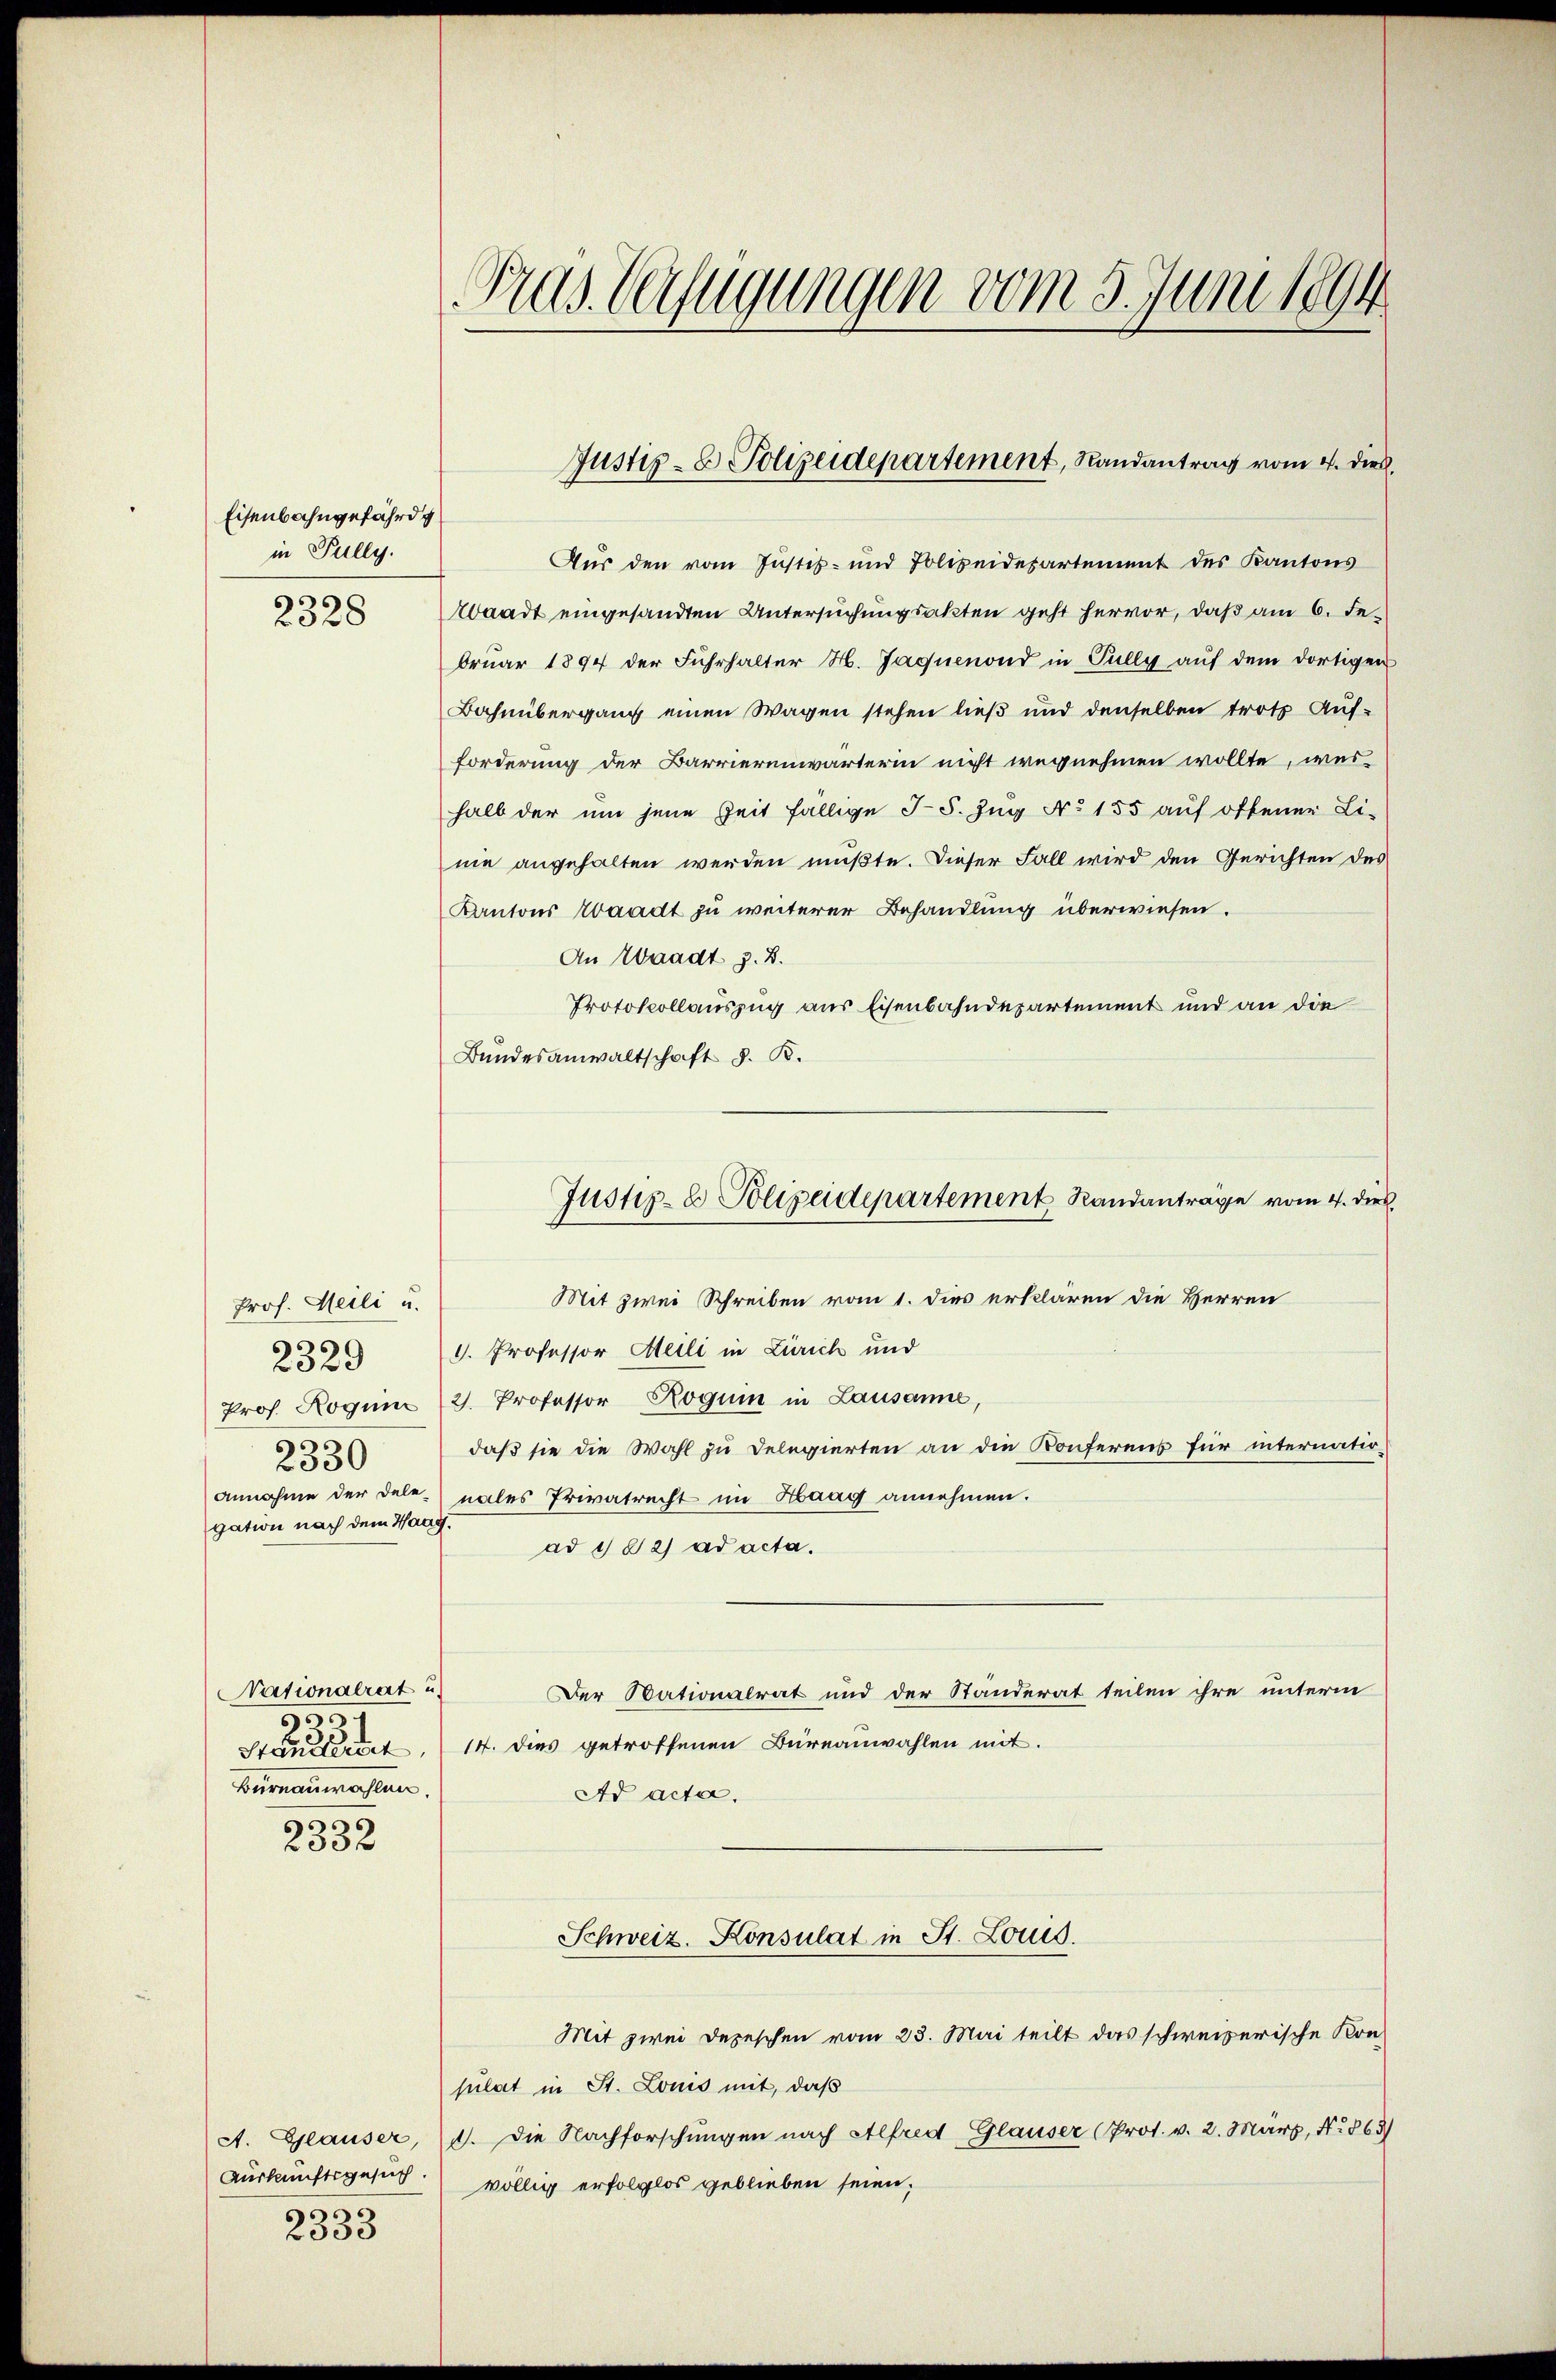
Eisenbahngefährde
in Fully.

2
2328

Prof. Meili u.
2329
Prof. Rogum
2330
annahme der Dele
gation nach dem Ha

Nationalrat
99
Standeret,
Burnauwahlen.
.

235 x

A. Glauser,
Auskunftsgesuch.
2333

Fras. Verfügungen vom 5. Juni 1894

Aŭs den vom Justiz- und Polizeidepartement des Kantons
Abaadt eingesandten Untersuchungsakten geht hervor, daß am 6. Februar 1894 der Fuhrhalter H. Jaquenond in Pully auf dem dortigen
Bahnübergang einen Wagen stehen ließ und denselben trotz Auf-
forderung der Barrierenwärterin nicht wegnehmen wollte, wes
halb der um jene Zeit fällige I S. Zug No 155 auf offener Li-
nie angehalten werden müßte. Dieser Fall wird den Gerichten des
Kantons Waadt zu weiterer Behandlung überwiesen.
An Waadt z. B.
Protokollauszug aus Eisenbahndepartement und an die
Bundesanwaltschaft d. B.
Mit zwei Schreiben vom 1. dies erklären die Herren
I. Professor Meili in Zürich und
2. Professor Roguin in Lausanne
daß sie die Wahl zu Delegierten an die Konferens für internatio-
nales Privatrecht im Haag annehmen.
ad 1182) ad acta.
Der Stationalrat und der Ständerat teilen ihre unterm
14. dies getroffenen Büreauwahlen mit.
Ad acta.
Schweiz. Konsulat in St. Louis.
Mit zwei Depeschen vom 23. Mai teilt das schweizerische Kon-
sulat in St. Louis mit, daß
1. Die Nachforschungen nach Alfred Glauser (Prot. v. 2. März, No. 863)
völlig erfolglos geblieben seien;

Justiz- & Polizeidepartement, Randantrag vom 4. dies

Justiz- & Polizeidepartement Randanträge vom 4. dies